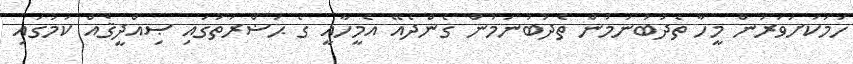
ހަމަކަށަވަރުން މީހާ ތެދުބުނަމުން ތެދުބުނަމުން ގެންދެއޭ އެމީހާއީ ގެ ޙަޟްރަތުގައި ޞިއްދީޤެއް ކަމުގައި